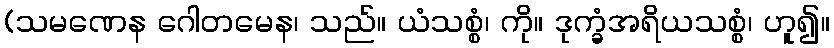
(သမဏေန ဂေါတမေန၊ သည်။ ယံသစ္စံ၊ ကို။ ဒုက္ခံအရိယသစ္စံ၊ ဟူ၍။